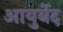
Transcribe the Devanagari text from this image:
आयुर्बेद